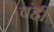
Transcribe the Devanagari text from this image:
वंही